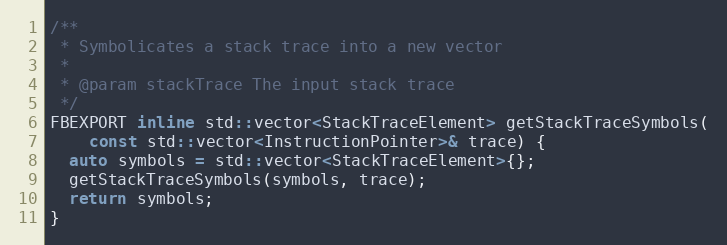
Language: C
/**
 * Symbolicates a stack trace into a new vector
 *
 * @param stackTrace The input stack trace
 */
FBEXPORT inline std::vector<StackTraceElement> getStackTraceSymbols(
    const std::vector<InstructionPointer>& trace) {
  auto symbols = std::vector<StackTraceElement>{};
  getStackTraceSymbols(symbols, trace);
  return symbols;
}